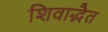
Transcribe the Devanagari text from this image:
शिवाद्भैत